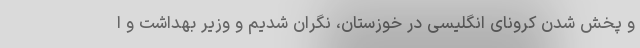
و پخش شدن کرونای انگلیسی در خوزستان، نگران شدیم و وزیر بهداشت و ا